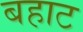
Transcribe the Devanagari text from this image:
बहाट